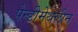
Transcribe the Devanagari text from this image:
पेन्‍डीमेथलीन